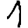
Digit: 1